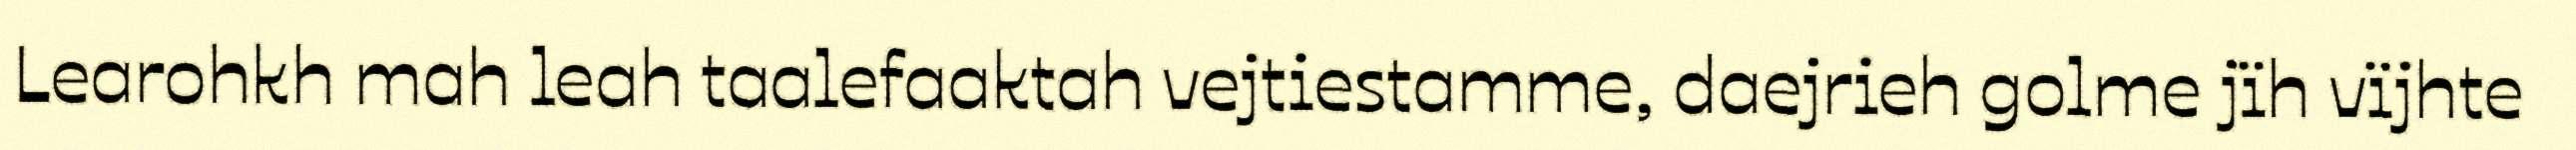
Learohkh mah leah taalefaaktah vejtiestamme, daejrieh golme jïh vïjhte